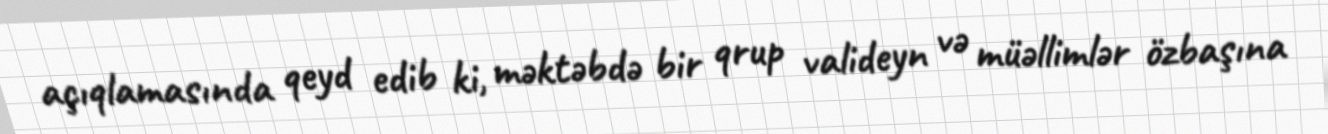
açıqlamasında qeyd edib ki, məktəbdə bir qrup valideyn və müəllimlər özbaşına